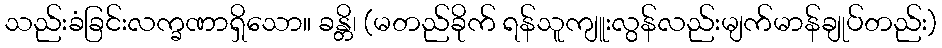
သည်းခံခြင်းလက္ခဏာရှိသော။ ခန္တိ၊ (မတည်ခိုက် ရန်သူကျူးလွန်လည်းမျက်မာန်ချုပ်တည်း)